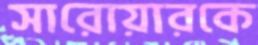
সারোয়ারকে